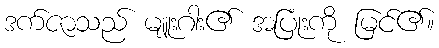
ဒက်ဇာသည် မျူးဂါး၏ အပြုံးကို မြင်၏။